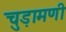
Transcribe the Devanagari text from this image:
चुड़ामणी